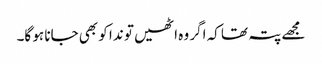
مجھے پتہ تھا کہ اگر وہ اٹھیں تو ندا کو بھی جانا ہو گا۔